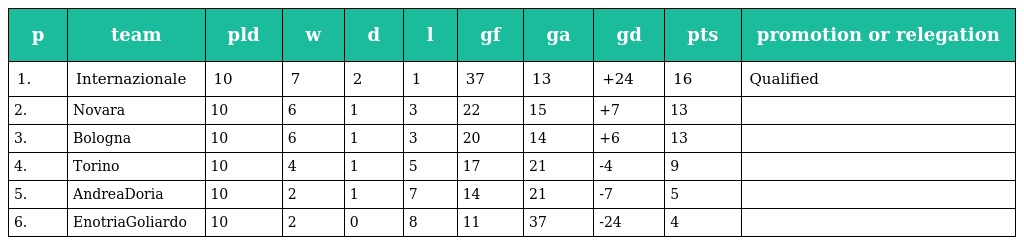
| p | team | pld | w | d | l | gf | ga | gd | pts | promotion or relegation |
 | --- | --- | --- | --- | --- | --- | --- | --- | --- | --- | --- |
 | 1. | Internazionale | 10 | 7 | 2 | 1 | 37 | 13 | +24 | 16 | Qualified |
 | 2. | Novara | 10 | 6 | 1 | 3 | 22 | 15 | +7 | 13 |  |
 | 3. | Bologna | 10 | 6 | 1 | 3 | 20 | 14 | +6 | 13 |  |
 | 4. | Torino | 10 | 4 | 1 | 5 | 17 | 21 | -4 | 9 |  |
 | 5. | AndreaDoria | 10 | 2 | 1 | 7 | 14 | 21 | -7 | 5 |  |
 | 6. | EnotriaGoliardo | 10 | 2 | 0 | 8 | 11 | 37 | -24 | 4 |  |